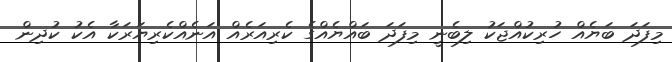
މިފަދަ ބަޔެއް ހުރިކުއްޖަކު ލިބެނީ މިފަދަ ބައްޔެއްގެ ކެރިއަރެއް އަނެއްކެރިޔަރަކާ އެކު ކުދިން